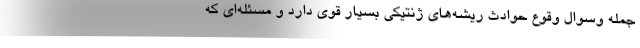
جمله وسوال وقوع حوادث ریشه‌های ژنتیکی بسیار قوی دارد و مسئله‌ای که